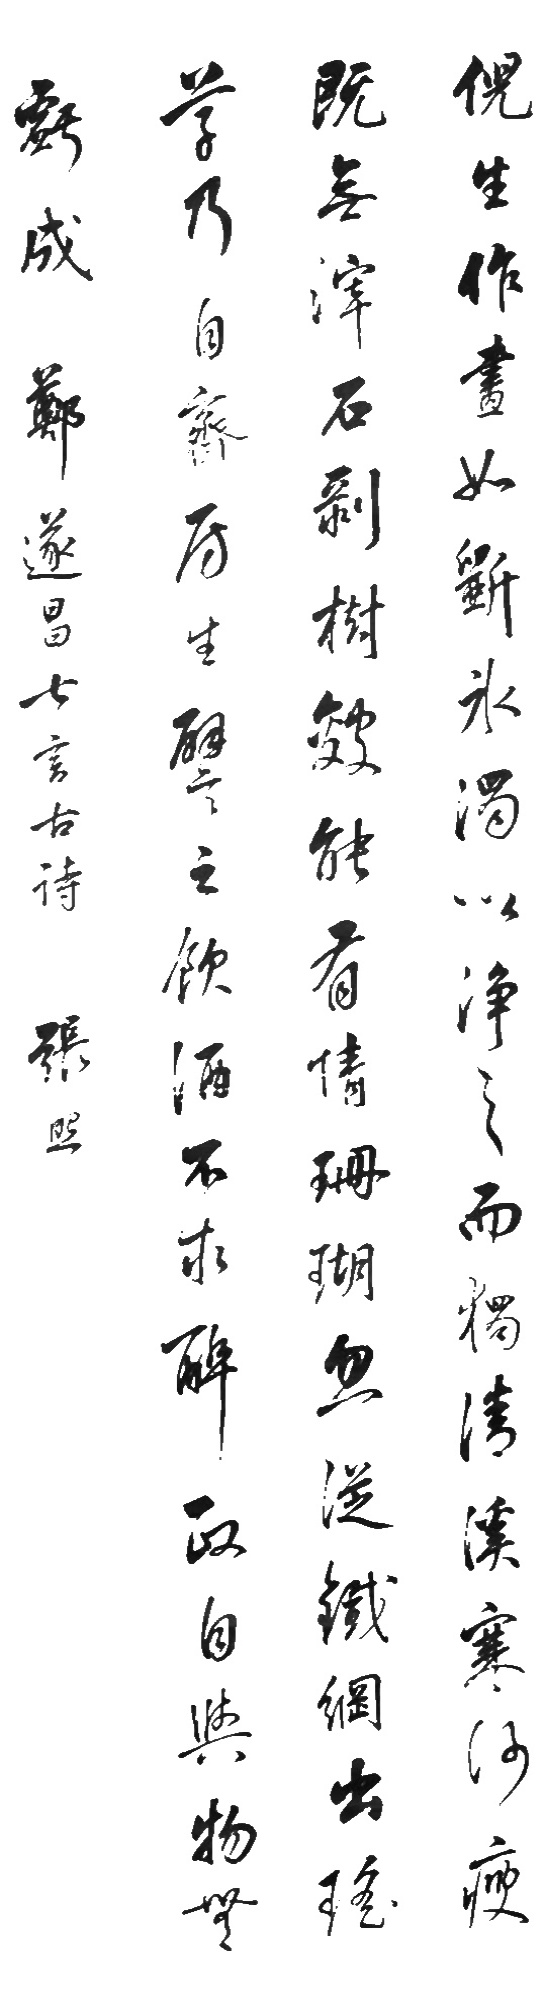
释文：倪生作画如斵冰，浊以净之而独清。溪寒沙瘦既无滓，石剥树皴能有情。珊瑚忽从铁网出，瑶草乃向斋房生。譬则饮酒不求醉，政自与物无亏成。郑遂昌七言古诗。张照。